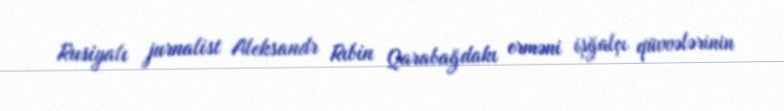
Rusiyalı jurnalist Aleksandr Rıbin Qarabağdakı erməni işğalçı qüvvələrinin